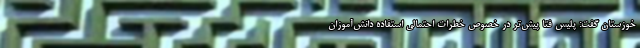
خوزستان گفت: پلیس فتا پیش‌تر در خصوص خطرات احتمالی استفاده دانش‌آموزان